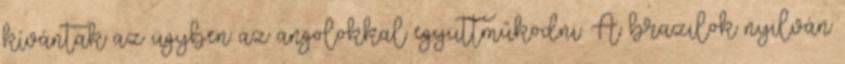
kívántak az ügyben az angolokkal együttműködni. A brazilok nyilván